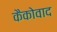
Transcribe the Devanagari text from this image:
कैकोवाद